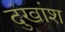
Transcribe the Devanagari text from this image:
दुखांश